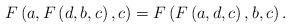
LaTeX: \begin{align*}F\left( a,F\left( d,b,c\right) ,c\right) =F\left( F\left( a,d,c\right),b,c\right) .\end{align*}